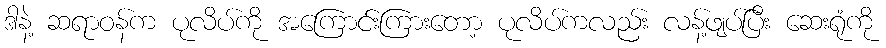
ဒါနဲ့ ဆရာဝန်က ပုလိပ်ကို အကြောင်းကြားတော့ ပုလိပ်ကလည်း လန့်ဖျပ်ပြီး ဆေးရုံကို